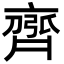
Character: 𮮻